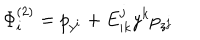
LaTeX: \Phi _ { i } ^ { \left( 2 \right) } = p _ { y ^ { i } } + E _ { i k } ^ { j } y ^ { k } p _ { z ^ { j } }